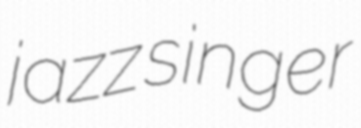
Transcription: jazz singer